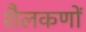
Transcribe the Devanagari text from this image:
शैलकणों